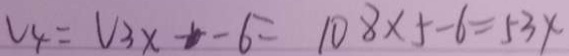
V _ { 4 } = V _ { 3 } x - - 6 = 1 0 8 \times 5 - 6 = 5 3 x